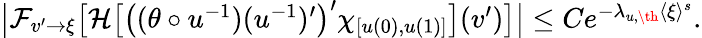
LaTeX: \begin{array}{r}{\left|\mathcal{F}_{v^{\prime}\to\xi}\big[\mathcal{H}\big[\big((\theta\circ u^{-1})(u^{-1})^{\prime}\big)^{\prime}\chi_{[u(0),u(1)]}\big](v^{\prime})\big]\right|\leq Ce^{-\lambda_{u,\th}\langle\xi\rangle^{s}}.}\end{array}